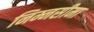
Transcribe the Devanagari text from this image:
निम्नसीमा